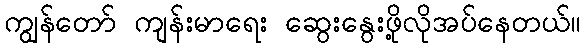
ကျွန်တော် ကျန်းမာရေး ဆွေးနွေးဖို့လိုအပ်နေတယ်။